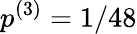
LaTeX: p^{(3)}=1/48